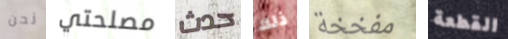
نحن مصلحتي حدث ذلك مفخخة القطعة